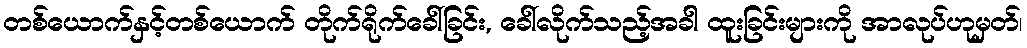
တစ်ယောက်နှင့်တစ်ယောက် တိုက်ရိုက်ခေါ်ခြင်း, ခေါ်လိုက်သည့်အခါ ထူးခြင်းများကို အာလုပ်ဟုမှတ်၊